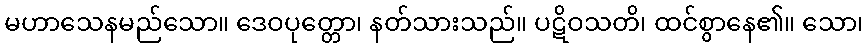
မဟာသေနမည်သော။ ဒေဝပုတ္တော၊ နတ်သားသည်။ ပဋိဝသတိ၊ ထင်စွာနေ၏။ သော၊